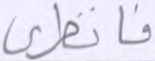
فانظري